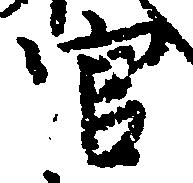
官